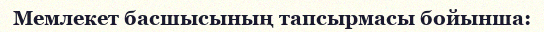
Мемлекет басшысының тапсырмасы бойынша: